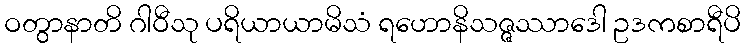
ဝတွာနာတိ ဂါဝီသု ပရိယာယာမိသံ ရဟောနိသဇ္ဇဿာဒေါ ဥဒကစာရီပိ